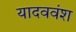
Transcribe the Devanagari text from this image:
यादववंश